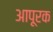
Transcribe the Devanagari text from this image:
आपूरक